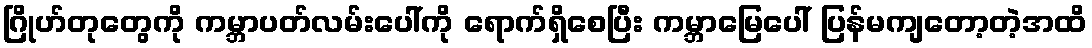
ဂြိုဟ်တုတွေကို ကမ္ဘာပတ်လမ်းပေါ်ကို ရောက်ရှိစေပြီး ကမ္ဘာမြေပေါ် ပြန်မကျတော့တဲ့အထိ